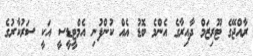
ރާއްޖޭގެ ޓޫރިޒަމް ދާއިރާގެ އެންމެ ބޮޑު އެއް ކުންފުނި އެމްޓީޑީސީ އަކީ ސަރުކާރުގެ